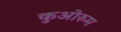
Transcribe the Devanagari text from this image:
कुओरुम